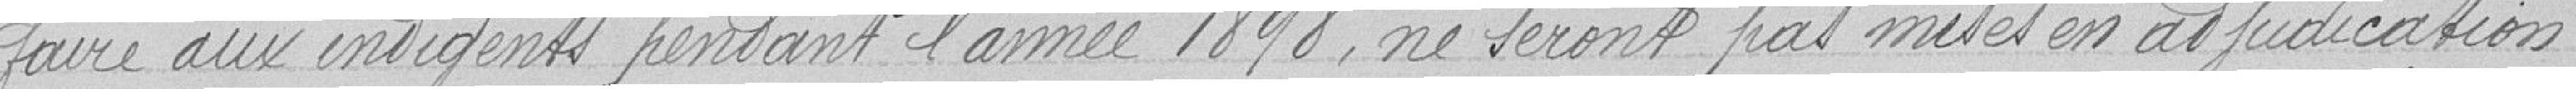
faire aux indigents pendant l'année 1898, ne seront pas mises en adjudication.